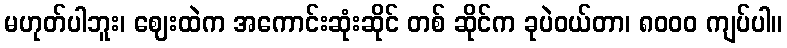
မဟုတ်ပါဘူး၊ ဈေးထဲက အကောင်းဆုံးဆိုင် တစ် ဆိုင်က ခုပဲဝယ်တာ၊ ၈၀၀၀ ကျပ်ပါ။